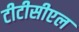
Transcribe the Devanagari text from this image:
टीटीसीएल